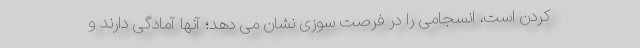
کردن است، انسجامی را در فرصت سوزی نشان می دهد؛ آنها آمادگی دارند و